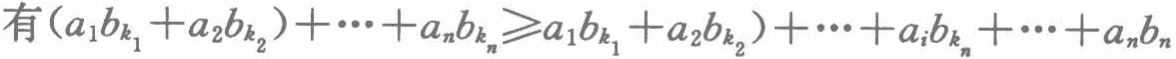
有\((a_{1}b_{k_{1}} + a_{2}b_{k_{2}})+\cdots + a_{n}b_{k_{n}}\geqslant a_{1}b_{k_{1}} + a_{2}b_{k_{2}}+\cdots + a_{i}b_{k_{n}}+\cdots + a_{n}b_{n}\)